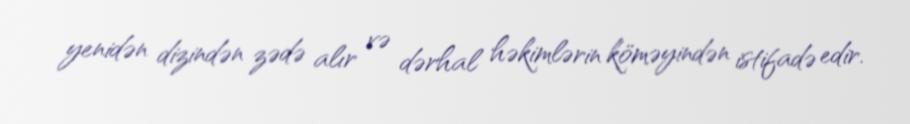
yenidən dizindən zədə alır və dərhal həkimlərin köməyindən istifadə edir.